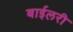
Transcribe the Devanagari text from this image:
बाईलरी